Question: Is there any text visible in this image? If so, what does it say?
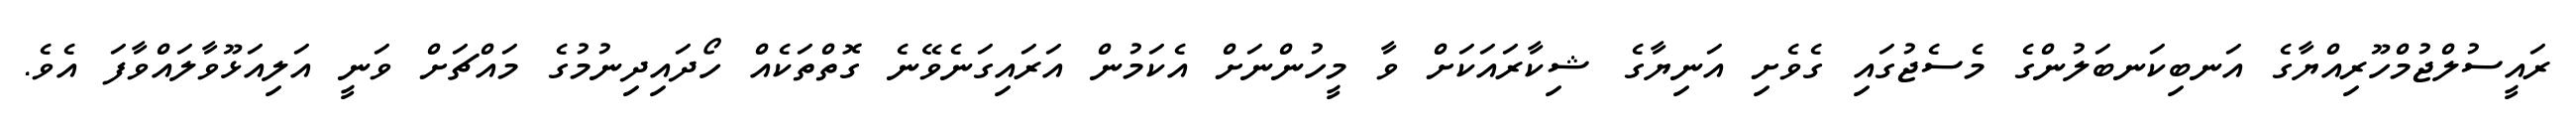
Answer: ރައީސުލްޖުމްހޫރިއްޔާގެ އަނބިކަނބަލުންގެ މެސެޖުގައި ގެވެށި އަނިޔާގެ ޝިކާރައަކަށް ވާ މީހުންނަށް އެކަމުން އަރައިގަނެވޭނެ ގޮތްތަކެއް ހޯދައިދިނުމުގެ މައްޗަށް ވަނީ އަލިއަޅޫވާލައްވާފަ އެވެ.